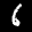
Label: 6